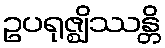
ဥပရုဇ္ဈိဿန္တိ